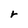
Character: r